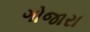
ગોજારા